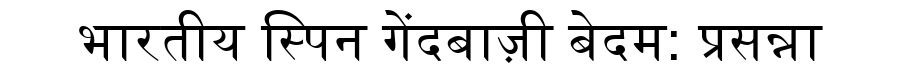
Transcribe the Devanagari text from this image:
भारतीय स्पिन गेंदबाज़ी बेदम: प्रसन्ना